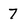
Character: 7